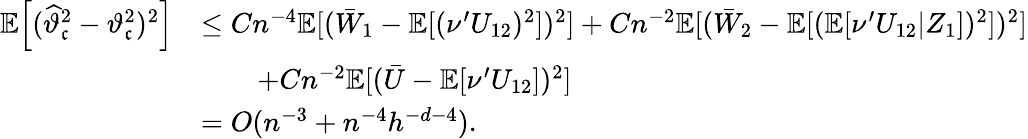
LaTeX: \begin{array}{rl}{\mathbb{E}\Big[(\widehat{\vartheta}_{\mathfrak{c}}^{2}-\vartheta_{\mathfrak{c}}^{2})^{2}\Big]}&{\leq Cn^{-4}\mathbb{E}[(\bar{W}_{1}-\mathbb{E}[(\nu^{\prime}U_{12})^{2}])^{2}]+Cn^{-2}\mathbb{E}[(\bar{W}_{2}-\mathbb{E}[(\mathbb{E}[\nu^{\prime}U_{12}|Z_{1}])^{2}])^{2}]}\\ &{\qquad+Cn^{-2}\mathbb{E}[(\bar{U}-\mathbb{E}[\nu^{\prime}U_{12}])^{2}]}\\ &{=O(n^{-3}+n^{-4}h^{-d-4}).}\end{array}